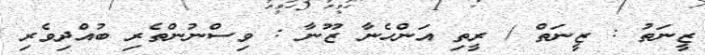
ޒީނަތު : ޒީނަތް / ރީތި އަންހެނާ ޒޫނާ : ވިސްނުންތެރި ބުއްދިވެރި